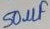
Text: 50µF